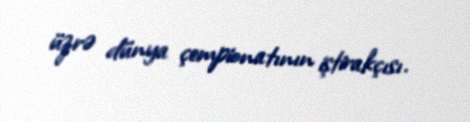
üzrə dünya çempionatının iştirakçısı.